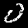
Label: 0